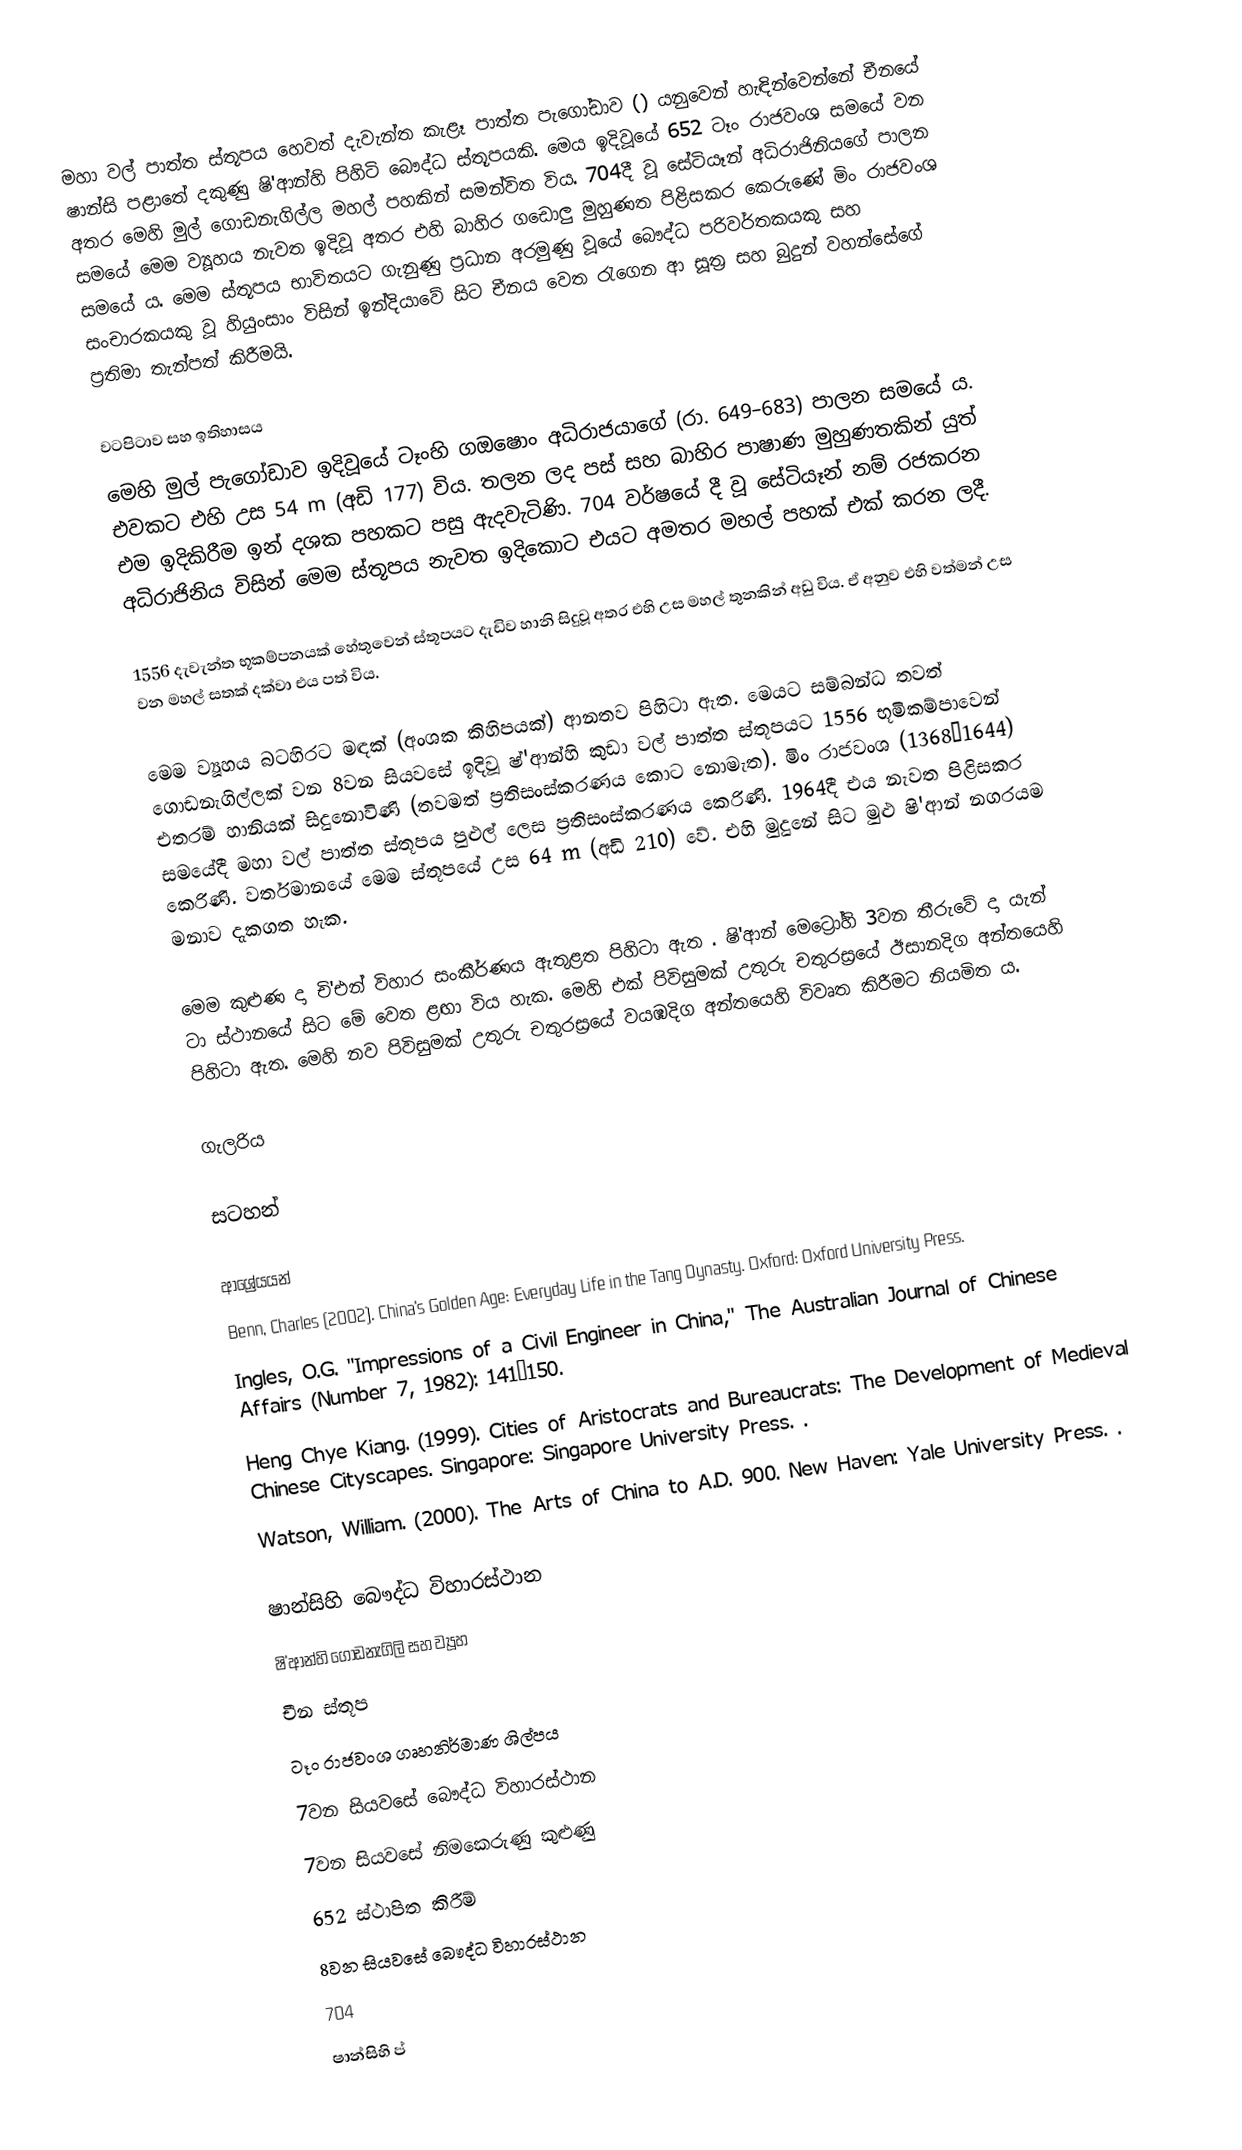
මහා වල් පාත්ත ස්තූපය හෙවත් දැවැන්ත කැළෑ පාත්ත පැගෝඩාව () යනුවෙන් හැඳින්වෙන්නේ  චීනයේ ෂාන්සි පළාතේ දකුණු ෂි'ආන්හි පිහිටි බෞද්ධ ස්තූපයකි. මෙය ඉදිවූයේ 652 ටෑං රාජවංශ සමයේ වන අතර මෙහි මුල් ගොඩනැගිල්ල මහල් පහකින් සමන්විත විය. 704දී වූ සේටියෑන් අධිරාජිනියගේ පාලන සමයේ  මෙම ව්‍යූහය නැවත ඉදිවූ අතර එහි බාහිර ගඩොලු මුහුණත පිළිසකර කෙරුණේ මිං රාජවංශ සමයේ ය. මෙම ස්තූපය භාවිතයට ගැනුණු ප්‍රධාන අරමුණු වූයේ බෞද්ධ පරිවර්තකයකු සහ සංචාරකයකු වූ හියුංසාං විසින් ඉන්දියාවේ සිට චීනය වෙත රැගෙන ආ සූත්‍ර සහ බුදුන් වහන්සේගේ ප්‍රතිමා තැන්පත් කිරීමයි.

වටපිටාව සහ ඉතිහාසය
මෙහි මුල් පැගෝඩාව ඉදිවූයේ ටෑංහි ගඔෂොං අධිරාජයාගේ (රා. 649–683) පාලන සමයේ ය. එවකට එහි උස 54 m (අඩි 177) විය. තලන ලද පස් සහ බාහිර පාෂාණ මුහුණතකින් යුත් එම ඉදිකිරීම ඉන් දශක පහකට පසු ඇදවැටිණි. 704 වර්ෂයේ දී වූ සේටියෑන් නම් රජකරන අධිරාජිනිය විසින් මෙම ස්තූපය නැවත ඉදිකොට එයට අමතර මහල් පහක් එක් කරන ලදී.

1556 දැවැන්ත භූකම්පනයක් හේතුවෙන් ස්තූපයට දැඩිව හානි සිදුවූ අතර එහි උස මහල් තුනකින් අඩු විය. ඒ අනුව එහි වත්මන් උස වන මහල් සතක් දක්වා එය පත් විය.

මෙම ව්‍යූහය බටහිරට මඳක් (අංශක කිහිපයක්) ආනතව පිහිටා ඇත. මෙයට සම්බන්ධ තවත් ගොඩනැගිල්ලක් වන 8වන සියවසේ ඉදිවූ ෂ්'ආන්හි කුඩා වල් පාත්ත ස්තූපයට 1556 භූමිකම්පාවෙන් එතරම් හානියක් සිදුනොවිණි (තවමත් ප්‍රතිසංස්කරණය කොට නොමැත). මිං රාජවංශ (1368–1644) සමයේදී මහා වල් පාත්ත ස්තූපය පුළුල් ලෙස ප්‍රතිසංස්කරණය කෙරිණි. 1964දී එය නැවත පිළිසකර කෙරිණි. වර්තමානයේ මෙම ස්තූපයේ උස 64 m (අඩි 210) වේ. එහි මුදුනේ සිට මුළු ෂි'ආන් නගරයම මනාව දැකගත හැක.

මෙම කුළුණ දා චි'එන් විහාර සංකීර්ණය ඇතුළත පිහිටා ඇත . ෂි'ආන් මෙට්‍රෝහි 3වන තීරුවේ දා යැන් ටා ස්ථානයේ සිට මේ වෙත ළඟා විය හැක. මෙහි එක් පිවිසුමක් උතුරු චතුරස්‍රයේ ඊසානදිග අන්තයෙහි පිහිටා ඇත. මෙහි නව පිවිසුමක් උතුරු චතුරස්‍රයේ වයඹදිග අන්තයෙහි විවෘත කිරීමට නියමිත ය.

ගැලරිය

සටහන්

ආශ්‍රේයයන්
Benn, Charles (2002). China's Golden Age: Everyday Life in the Tang Dynasty. Oxford: Oxford University Press.
Ingles, O.G. "Impressions of a Civil Engineer in China," The Australian Journal of Chinese Affairs (Number 7, 1982): 141–150.
Heng Chye Kiang. (1999). Cities of Aristocrats and Bureaucrats: The Development of Medieval Chinese Cityscapes. Singapore: Singapore University Press. .
Watson, William. (2000). The Arts of China to A.D. 900. New Haven: Yale University Press. .

ෂාන්සිහි බෞද්ධ විහාරස්ථාන
ෂි'ආන්හි ගොඩනැගිලි සහ ව්‍යූහ
චීන ස්තූප
ටෑං රාජවංශ ගෘහනිර්මාණ ශිල්පය
7වන සියවසේ බෞද්ධ විහාරස්ථාන
7වන සියවසේ නිමකෙරුණු කුළුණු
652 ස්ථාපිත කිරීම්
8වන සියවසේ බෞද්ධ විහාරස්ථාන
704
ෂාන්සිහි ප්